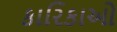
કારિકાઓ